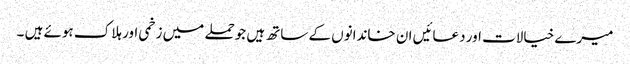
میرے خیالات اور دعائیں ان خاندانوں کے ساتھ ہیں جوحملے میں زخمی اور ہلاک ہوئے ہیں ۔